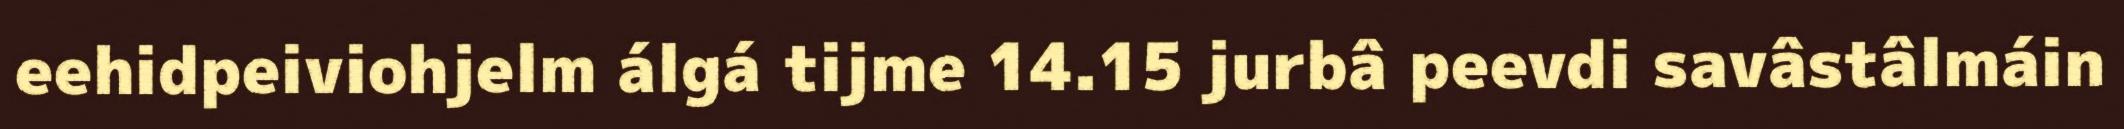
eehidpeiviohjelm álgá tijme 14.15 jurbâ peevdi savâstâlmáin